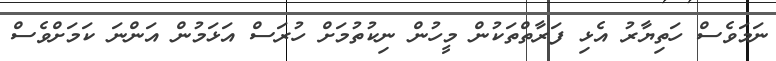
ނަމަވެސް ހަތިޔާރު އެޅި ފަރާތްތަކުން މީހުން ނިކުތުމަށް ހުރަސް އަޅަމުން އަންނަ ކަމަށްވެސް